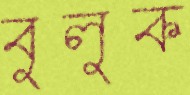
বুলুক